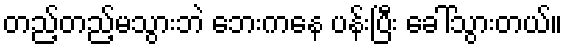
တည့်တည့်မသွားဘဲ ဘေးကနေ ပန်းပြီး ခေါ်သွားတယ်။